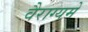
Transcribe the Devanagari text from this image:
वैराग्यमें